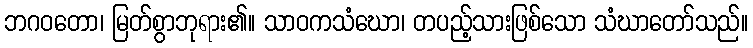
ဘဂဝတော၊ မြတ်စွာဘုရား၏။ သာဝကသံဃော၊ တပည့်သားဖြစ်သော သံဃာတော်သည်။